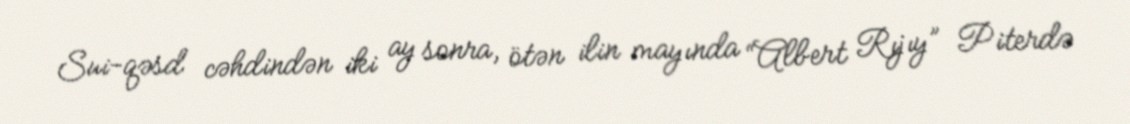
Sui-qəsd cəhdindən iki ay sonra, ötən ilin mayında “Albert Rıjıy” Piterdə